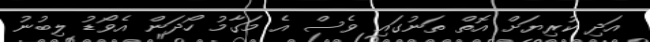
އަދި ކުރިޔަށް އޮތް ތަނުގައި ވެސް އެ މަގާމު ހޯދަން އެވޯޑު ލިބުނު